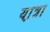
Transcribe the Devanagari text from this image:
या़त्रा